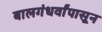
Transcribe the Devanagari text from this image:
बालगंधर्वांपासून